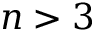
n > 3